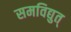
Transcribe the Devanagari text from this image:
समविद्युत्‌